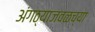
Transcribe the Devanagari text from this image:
अंगठ्याजवळच्या